Lunatic asylums Central Provinces reports 1874-1885 - 1874-1885
Year: 1874
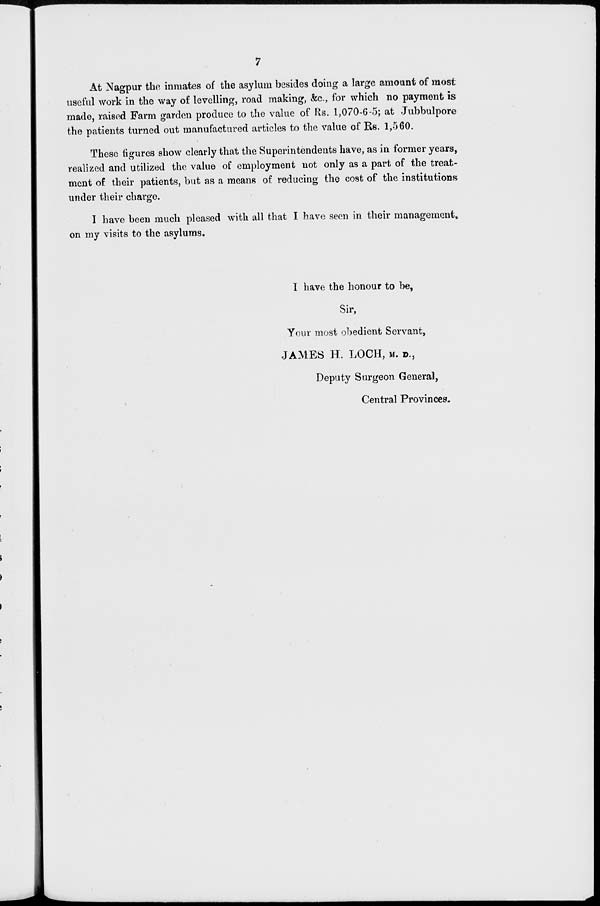
7
At Nagpur the inmates of the asylum besides doing a large amount of most
useful work in the way of levelling, road making, &c., for which no payment is
made, raised Farm garden produce to the value of Rs. 1,070-6-5; at Jubbulpore
the patients turned out manufactured articles to the value of Rs. 1,560.
These figures show clearly that the Superintendents have, as in former years,
realized and utilized the value of employment not only as a part of the treat-
ment of their patients, but as a means of reducing the cost of the institutions
under their charge.
I have been much pleased with all that I have seen in their management.
on my visits to the asylums.
I have the honour to be,
Sir,
Your most obedient Servant,
JAMES H. LOCH, M. D.,
Deputy Surgeon General,
Central Provinces.